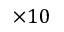
\times 1 0